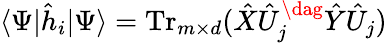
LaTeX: \langle\Psi|\hat{h}_{i}|\Psi\rangle=\operatorname{Tr}_{m\times d}(\hat{X}\hat{U}_{j}^{\dag}\hat{Y}\hat{U}_{j})